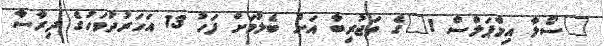
"ސޯލާ އިމްޕަލްސް 1"ގެ ތަޖުރިބާ އަށް ބެލުމަށް ފަހު 13 އަހަރުދުވަހުގެ ދިރާސާ